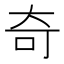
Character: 奇